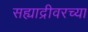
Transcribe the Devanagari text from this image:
सह्याद्रीवरच्या